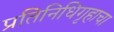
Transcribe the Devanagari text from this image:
प्रतिनिधिगृहाचा